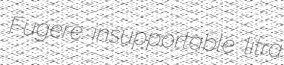
Fugere insupportable litra